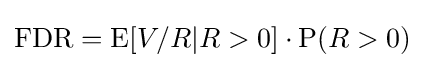
\mathrm {FDR} =\mathrm {E} \!\left[V/R|R>0\right]\cdot \mathrm {P} \!\left(R>0\right)